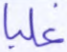
غلبا